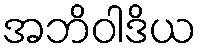
အဘိဝါဒိယ